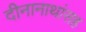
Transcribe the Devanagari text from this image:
दीनानाथांसह